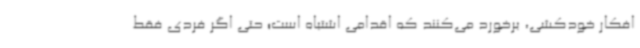
افکار خودکشی، برخورد می‌کنند که اقدامی اشتباه است؛ حتی اگر فردی فقط